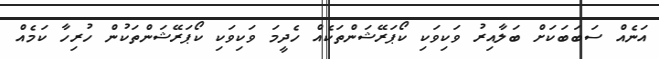
އަނެއް ސަބަބަކަށް ބަލާއިރު ވަކިވަކި ކޯޕަރޭޝަންތަކެއް ހެދީމަ ވަކިވަކި ކޯޕަރޭޝަންތަކުން ހުރިހާ ކަމެއް